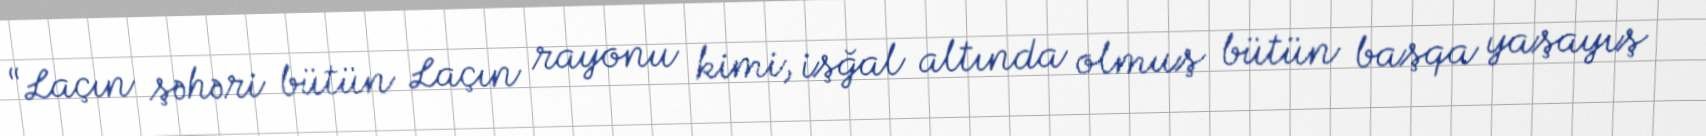
“Laçın şəhəri bütün Laçın rayonu kimi, işğal altında olmuş bütün başqa yaşayış